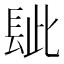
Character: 𨱲